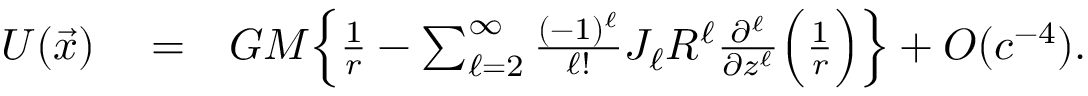
\begin{array} { r l r } { U ( \vec { x } ) } & { { } = } & { G M \Big \{ \frac { 1 } { r } - \sum _ { \ell = 2 } ^ { \infty } \frac { ( - 1 ) ^ { \ell } } { \ell ! } J _ { \ell } R ^ { \ell } \frac { \partial ^ { \ell } } { \partial z ^ { \ell } } \Big ( \frac { 1 } { r } \Big ) \Big \} + { \cal O } ( c ^ { - 4 } ) . } \end{array}